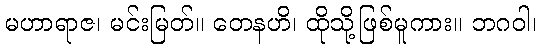
မဟာရာဇ၊ မင်းမြတ်။ တေနဟိ၊ ထိုသို့ဖြစ်မူကား။ ဘဂဝါ၊